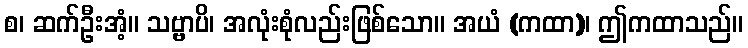
စ၊ ဆက်ဦးအံ့။ သဗ္ဗာပိ၊ အလုံးစုံလည်းဖြစ်သော။ အယံ (ကထာ)၊ ဤကထာသည်။